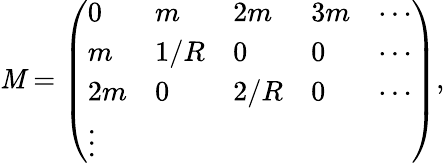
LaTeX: {\cal\mathit{M}}=\left(\begin{array}{lllll}{{0}}&{{m}}&{{2m}}&{{3m}}&{{\cdots}}\\ {{m}}&{{1/R}}&{{0}}&{{0}}&{{\cdots}}\\ {{2m}}&{{0}}&{{2/R}}&{{0}}&{{\cdots}}\\ {{\vdots}}\end{array}\right),